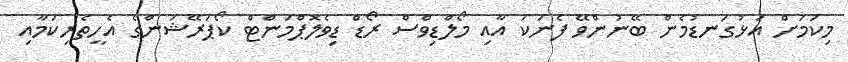
މިކަމަށް އަޅުގަނޑުމެން ބޭނުންވޭ ފެނަކަ އާއި މޯލްޑިވްސް ރޯޑް ޑިވެލޮޕްމަންޓް ކޯޕަރޭޝަންގެ އެހީތެރިކަމާއި